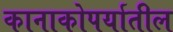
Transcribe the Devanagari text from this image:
कानाकोपर्यातील